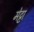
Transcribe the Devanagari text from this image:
मेट्टा